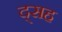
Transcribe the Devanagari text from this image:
द्सह